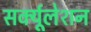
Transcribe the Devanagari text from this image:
सर्क्यूलेशन